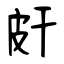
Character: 皯